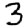
Digit: 3